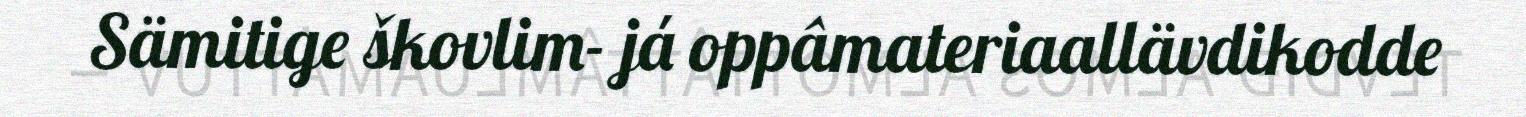
Sämitige škovlim- já oppâmateriaallävdikodde